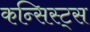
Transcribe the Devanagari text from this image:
कन्सिस्ट्स